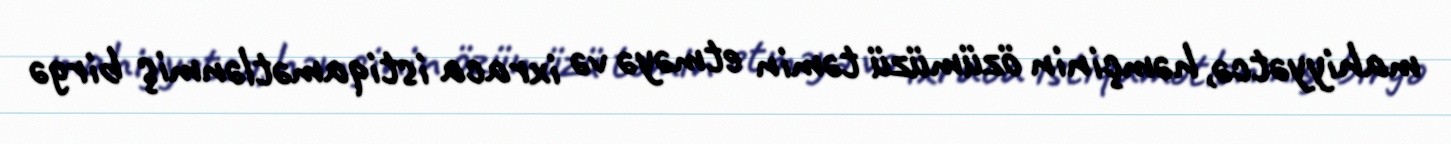
mahiyyətcə, həmçinin özümüzü təmin etməyə və ixraca istiqamətlənmiş birgə